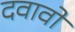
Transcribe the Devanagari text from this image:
दवावों